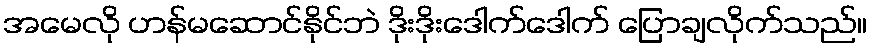
အမေလို ဟန်မဆောင်နိုင်ဘဲ ဒိုးဒိုးဒေါက်ဒေါက် ပြောချလိုက်သည်။